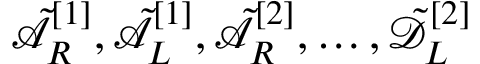
\tilde { \mathcal { A } } _ { R } ^ { [ 1 ] } , \tilde { \mathcal { A } } _ { L } ^ { [ 1 ] } , \tilde { \mathcal { A } } _ { R } ^ { [ 2 ] } , \dots , \tilde { \mathcal { D } } _ { L } ^ { [ 2 ] }